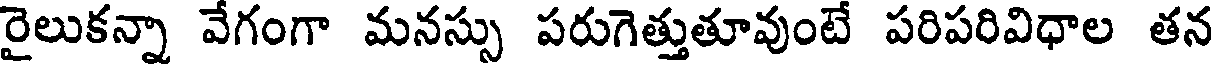
రైలుకన్నా వేగంగా మనస్సు పరుగెత్తుతూవుంటే పరిపరివిధాల తన